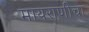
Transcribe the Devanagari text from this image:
मायराणीचा